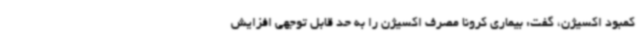
کمبود اکسیژن، گفت: بیماری کرونا مصرف اکسیژن را به حد قابل توجهی افزایش